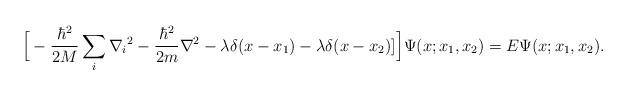
LaTeX: \begin{align*}\Big[-\frac{\hbar^2}{2M}\sum_{i}{\nabla_i}^2-\frac{\hbar^2}{2m}\nabla^2-\lambda\delta(x-x_1)-\lambda\delta(x-x_2)]\Big]\Psi(x;x_1, x_2)=E\Psi(x;x_1,x_2).\end{align*}